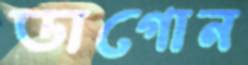
ডাগোন